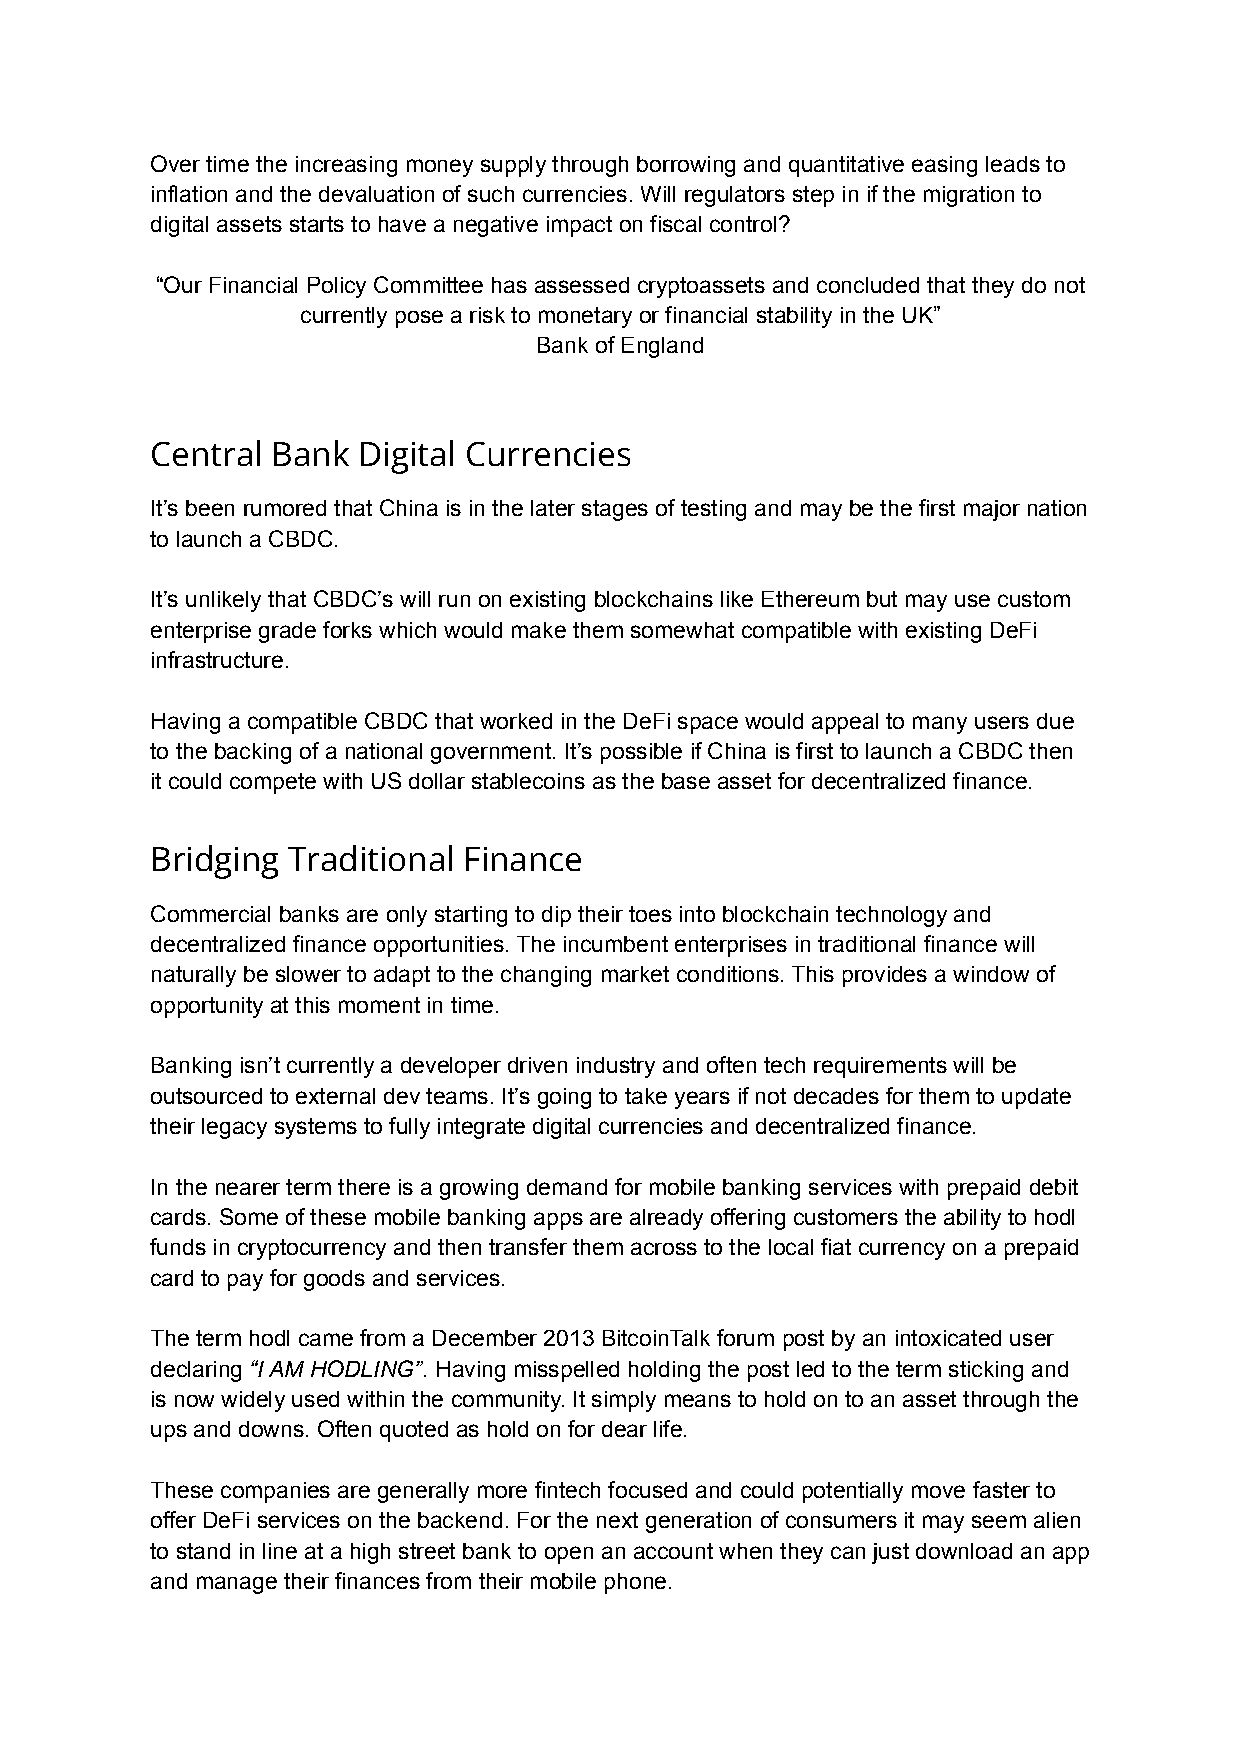
Over time the increasing money supply through borrowing and quantitative easing leads to
 inflation and the devaluation of such currencies. Will regulators step in if the migration to
 digital assets starts to have a negative impact on fiscal control?
 “Our Financial Policy Committee has assessed cryptoassets and concluded that they do not
 currently pose a risk to monetary or financial stability in the UK”
 Bank of England
 Central Bank  Digital Currencies
 It’s been rumored that China is in the later stages of testing and may be the first major nation
 to launch a CBDC.
 It’s unlikely that CBDC’s will run on existing blockchains like Ethereum but may use custom
 enterprise grade forks which would make them somewhat compatible with existing DeFi
 infrastructure.
 Having a compatible CBDC that worked in the DeFi space would appeal to many users due
 to the backing of a national government. It’s possible if China is first to launch a CBDC then
 it could compete with US dollar stablecoins as the base asset for decentralized finance.
 Bridging Traditional Finance
 Commercial banks are only starting to dip their toes into blockchain technology and
 decentralized finance opportunities. The incumbent enterprises in traditional finance will
 naturally be slower to adapt to the changing market conditions. This provides a window of
 opportunity at this moment in time.
 Banking isn’t currently a developer driven industry and often tech requirements will be
 outsourced to external dev teams. It’s going to take years if not decades for them to update
 their legacy systems to fully integrate digital currencies and decentralized finance.
 In the nearer term there is a growing demand for mobile banking services with prepaid debit
 cards. Some of these mobile banking apps are already offering customers the ability to hodl
 funds in cryptocurrency and then transfer them across to the local fiat currency on a prepaid
 card to pay for goods and services.
 The term hodl came from a December 2013 BitcoinTalk forum post by an intoxicated user
 declaring “I AM HODLING”. Having misspelled holding the post led to the term sticking and
 is now widely used within the community. It simply means to hold on to an asset through the
 ups and downs. Often quoted as hold on for dear life.
 These companies are generally more fintech focused and could potentially move faster to
 offer DeFi services on the backend. For the next generation of consumers it may seem alien
 to stand in line at a high street bank to open an account when they can just download an app
 and manage their finances from their mobile phone.